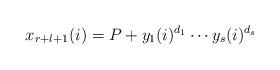
LaTeX: \begin{align*}x_{r+l+1}(i)=P+y_1(i)^{d_1}\cdots y_s(i)^{d_s}\end{align*}